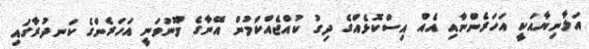
އަލާނިޔާއަކީ އަހަރެންނާއި އެއް އިސްކޮޅެއްގެ ދިގު ކުއްޖެއްކަމުން އޭނާގެ މޫނުވަނީ އަހަރެންގެ ކަނދުރާގައި